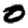
Digit: 0